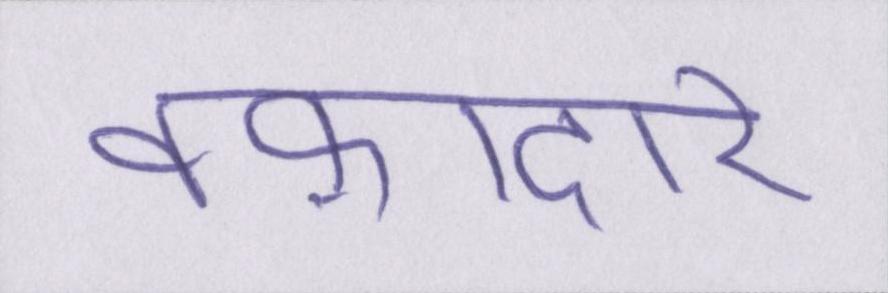
वफ़ादार